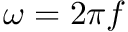
\omega = 2 \pi f